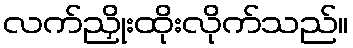
လက်ညှိုးထိုးလိုက်သည်။